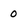
Character: 0